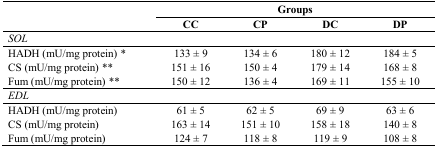
<table><thead><tr><td rowspan="2"></td><td colspan="4"><b>Groups</b></td></tr><tr><td><b>CC</b></td><td><b>CP</b></td><td><b>DC</b></td><td><b>DP</b></td></tr></thead><tbody><tr><td><i>SOL</i></td><td></td><td></td><td></td><td></td></tr><tr><td>HADH (mU/mg protein) *</td><td>133 ± 9</td><td>134 ± 6</td><td>180 ± 12</td><td>184 ± 5</td></tr><tr><td>CS (mU/mg protein) **</td><td>151 ± 16</td><td>150 ± 4</td><td>179 ± 14</td><td>168 ± 8</td></tr><tr><td>Fum (mU/mg protein) **</td><td>150 ± 12</td><td>136 ± 4</td><td>169 ± 11</td><td>155 ± 10</td></tr><tr><td><i>EDL</i></td><td></td><td></td><td></td><td></td></tr><tr><td>HADH (mU/mg protein)</td><td>61 ± 5</td><td>62 ± 5</td><td>69 ± 9</td><td>63 ± 6</td></tr><tr><td>CS (mU/mg protein)</td><td>163 ± 14</td><td>151 ± 10</td><td>158 ± 18</td><td>140 ± 8</td></tr><tr><td>Fum (mU/mg protein)</td><td>124 ± 7</td><td>118 ± 8</td><td>119 ± 9</td><td>108 ± 8</td></tr></tbody></table>